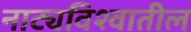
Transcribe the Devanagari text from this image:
नाट्यविश्वातील